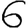
Digit: 6